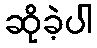
ဆိုခဲ့ပါ